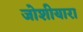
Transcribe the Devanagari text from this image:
जोशीयारा